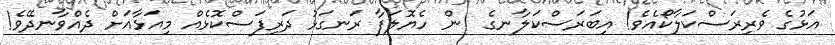
އަޅުގެ ވެރިރަސްކަލާކޯއެވެ! އިބަރަސްކަލާނގެ  ން ހެޔޮލަފާ ރަނގަޅު ދަރިފަސްކޮޅެއް މިއަޅާއަށް ދެއްވާނދޭވެ!